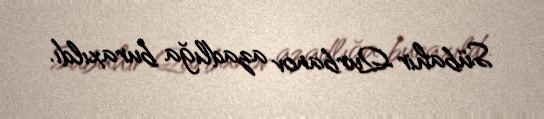
Sübahir Qurbanov azadlığa buraxıldı.